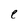
Character: e